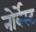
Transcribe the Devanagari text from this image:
नोर्वेस्ट